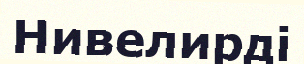
Нивелирді